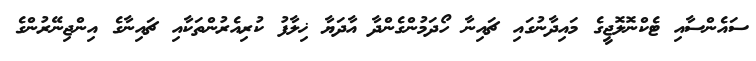
ސައެންސާއި ޓެކްނޮލޮޖީގެ މައިދާނުގައި ޗައިނާ ހޯދަމުންގެންދާ އާދަޔާ ޚިލާފު ކުރިއެރުންތަކާއި ޗައިނާގެ އިންޖިނޭރުންގެ